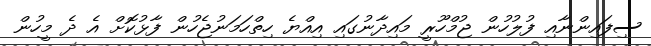
ސިފައިންނާއި ފުލުހުން ޖުމްހޫރީ މައިދާނުގައި އިއްޔެ ހިތްހަމަނުޖެހުން ފާޅުކޮށް އެ ދެ މީހުން